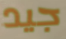
جيد